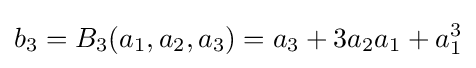
b_{3}=B_{3}(a_{1},a_{2},a_{3})=a_{3}+3a_{2}a_{1}+a_{1}^{3}